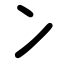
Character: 冫